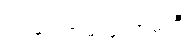
ဥပဒေကြမ်းကော်မတီ